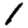
Digit: 1